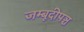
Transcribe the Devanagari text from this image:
जम्बूदीपञ्च